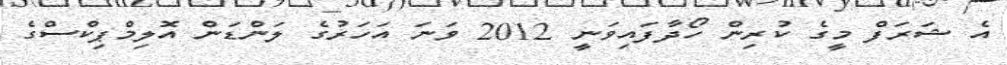
އެ ޝަރަފް މީގެ ކުރިން ހޯދާފައިވަނީ 2012 ވަނަ އަހަރުގެ ލަންޑަން އޮލިމްޕިކްސްގެ